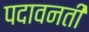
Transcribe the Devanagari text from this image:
पदावनती